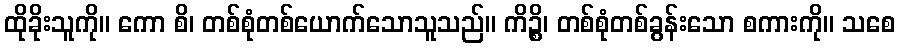
ထိုခိုးသူကို။ ကော စိ၊ တစ်စုံတစ်ယောက်သောသူသည်။ ကိဉ္စိ၊ တစ်စုံတစ်ခွန်းသော စကားကို။ သစေ